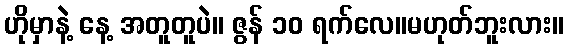
ဟိုမှာနဲ့ နေ့ အတူတူပဲ။ ဇွန် ၁၀ ရက်လေ။မဟုတ်ဘူးလား။